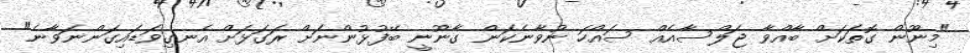
"މިނޫން ގޮތަކަށް ބާއްވާ ޖަލްސާއެއް ސައްހަ ނުވާނެކަން ގާނޫނީ ބޭފުޅުންނަށް ރަގަޅަށް އެނގިވަޑައިގަންނަވާނެ"